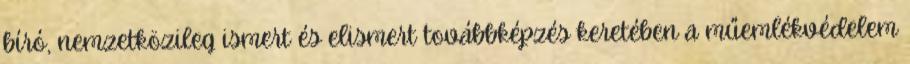
bíró, nemzetközileg ismert és elismert továbbképzés keretében a műemlékvédelem